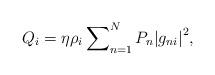
LaTeX: \begin{align*}{Q_i} = \eta {\rho _i}\sum\nolimits_{n = 1}^N { {P_n}{{\left| {{g_{ni}}} \right|}^2}},\end{align*}